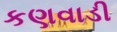
કણવાડી